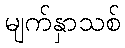
မျက်နှာသစ်